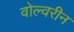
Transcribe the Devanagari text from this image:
वोल्वरीन